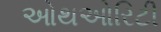
ઓથઓરિટી